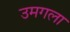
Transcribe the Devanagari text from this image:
उमगला